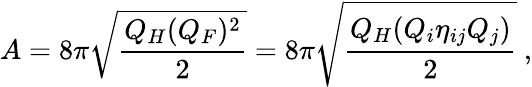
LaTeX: A=8\pi\sqrt{\frac{Q_{H}(Q_{F})^{2}}{2}}=8\pi\sqrt{\frac{Q_{H}(Q_{i}\eta_{ij}Q_{j})}{2}}\ ,